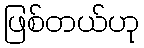
ဖြစ်တယ်ဟု